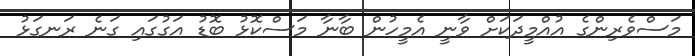
މަސްވެރިންގެ އުއްމީދަކަށް ވާނީ އެމީހުން ބާނާ މަސްކޮޅު ބޮޑު އަގުގައި ގަނެ ރަނގަޅު